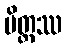
မိတ္တဿ